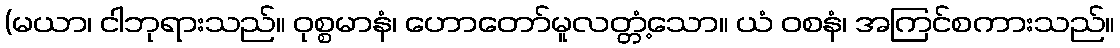
(မယာ၊ ငါဘုရားသည်။ ဝုစ္စမာနံ၊ ဟောတော်မူလတ္တံ့သော။ ယံ ဝစနံ၊ အကြင်စကားသည်။